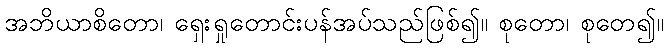
အဘိယာစိတော၊ ရှေးရှုတောင်းပန်အပ်သည်ဖြစ်၍။ စုတော၊ စုတေ၍။